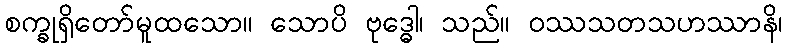
စက္ခုရှိတော်မူထသော။ သောပိ ဗုဒ္ဓေါ၊ သည်။ ဝဿသတသဟဿာနိ၊